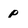
Character: p